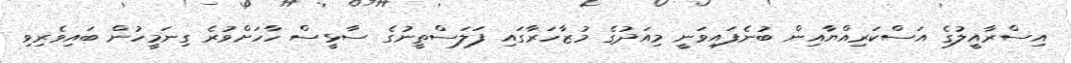
އިސްރާއީލުގެ އަސްކަރިއްޔާއިން ބުނެފައިވަނީ މިއަދުގެ މުޒާހަރާގައި ފަލަސްތީނުގެ ސާޅީސް ހާހަށްވުރެ ގިނަމީހުން ބައިވެރިވި